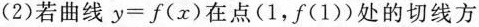
(2)若曲线$$y=f(x)$$在点(1，f(1))处的切线方